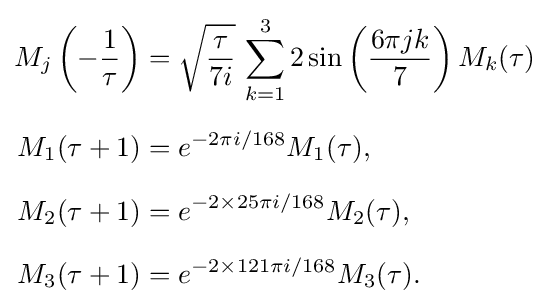
{\begin{aligned}M_{j}\left(-{\frac {1}{\tau }}\right)&={\sqrt {\frac {\tau }{7i}}}\,\sum _{k=1}^{3}2\sin \left({\frac {6\pi jk}{7}}\right)M_{k}(\tau )\\[6pt]M_{1}(\tau +1)&=e^{-2\pi i/168}M_{1}(\tau ),\\[6pt]M_{2}(\tau +1)&=e^{-2\times 25\pi i/168}M_{2}(\tau ),\\[6pt]M_{3}(\tau +1)&=e^{-2\times 121\pi i/168}M_{3}(\tau ).\end{aligned}}